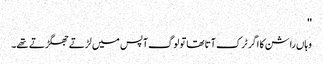
''
وہاں راشن کا اگر ٹرک آتا تھا تو لوگ آپس میں لڑتے جھگڑتے تھے۔